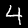
Label: 4